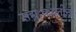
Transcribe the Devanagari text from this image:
सद्यःकालीन